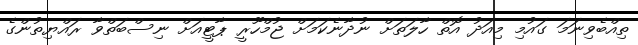
ތިއްބެވިނަމަ ގައުމި މިއަދު އޮތް ހާލަތަށް ނުދާނެކަމަށް ޖުމްހޫރީ ޕާޓީއަށް ނިސްބަތްވާ ރައްޔިތުންގެ